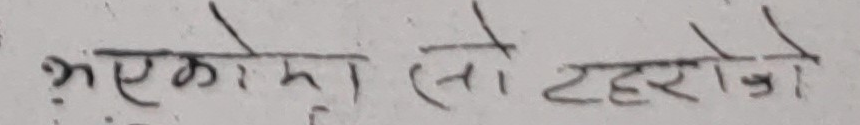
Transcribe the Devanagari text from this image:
भइ एको मा तो टहरो जो